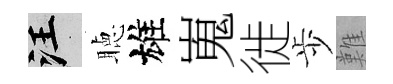
汪聴雄嵬徙歩難